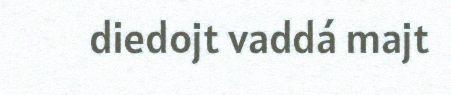
diedojt vaddá majt